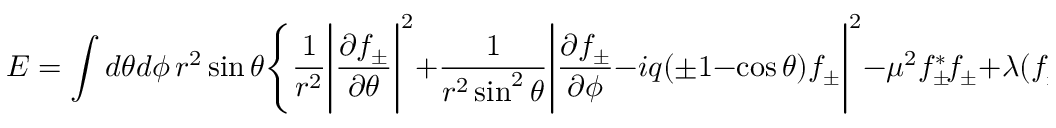
E = \int d \theta d \phi \, r ^ { 2 } \sin \theta \Bigg \{ \frac { 1 } { r ^ { 2 } } \Bigg | \frac { \partial f _ { \pm } } { \partial \theta } \Bigg | ^ { 2 } + \frac { 1 } { r ^ { 2 } \sin ^ { 2 } \theta } \Bigg | \frac { \partial f _ { \pm } } { \partial \phi } - i q ( \pm 1 - \cos \theta ) f _ { \pm } \Bigg | ^ { 2 } - \mu ^ { 2 } f _ { \pm } ^ { * } \! f _ { \pm } + \lambda ( f _ { \pm } ^ { * } \! f _ { \pm } ) ^ { 2 } \Bigg \} .